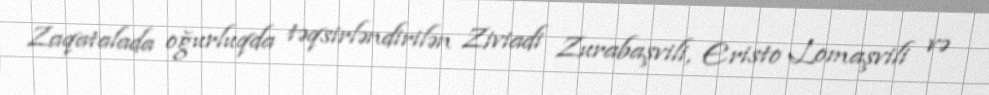
Zaqatalada oğurluqda təqsirləndirilən Ziviadi Zurabaşvili, Eristo Lomaşvili və